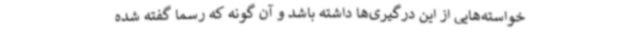
خواسته‌هایی از این درگیری‌ها داشته باشد و آن گونه که رسماً گفته شده